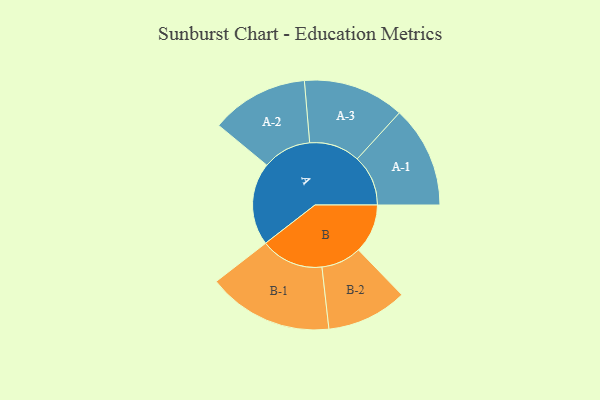
{"axis": {"x": "Segment", "y": "Value"}, "legend": ["", "A", "B"], "data": [{"x": "A", "y": 382, "type": ""}, {"x": "B", "y": 227, "type": ""}, {"x": "A-1", "y": 235, "type": "A"}, {"x": "A-2", "y": 225, "type": "A"}, {"x": "A-3", "y": 234, "type": "A"}, {"x": "B-1", "y": 290, "type": "B"}, {"x": "B-2", "y": 186, "type": "B"}]}